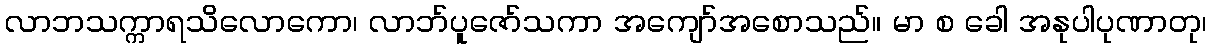
လာဘသက္ကာရသိလောကော၊ လာဘ်ပူဇော်သကာ အကျော်အစောသည်။ မာ စ ခေါ အနုပါပုဏာတု၊